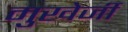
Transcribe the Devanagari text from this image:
मुखेर्जी